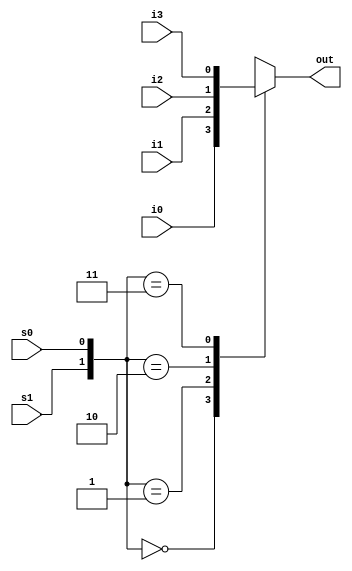
module selector_4_to_1(out,i0,i1,i2,i3,s1,s0);
	input i0,i1,i2,i3,s1,s0;
	output out;

	reg out;
	
	always @(i0,i1,i2,i3,s1,s0)
		begin
			case({s1,s0})
			2'b00: out=i0;
			2'b01: out=i1;
			2'b10: out=i2;
			2'b11: out=i3;
			endcase
		end
		
endmodule